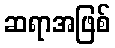
ဆရာအဖြစ်